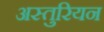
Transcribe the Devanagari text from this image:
अस्तुरियन